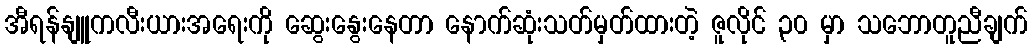
အီရန်နျူကလီးယားအရေးကို ဆွေးနွေးနေတာ နောက်ဆုံးသတ်မှတ်ထားတဲ့ ဇူလိုင် ၃၀ မှာ သဘောတူညီချက်